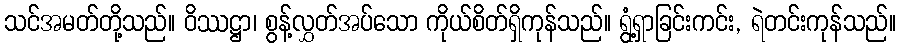
သင်အမတ်တို့သည်။ ဝိဿဋ္ဌာ၊ စွန့်လွှတ်အပ်သော ကိုယ်စိတ်ရှိကုန်သည်။ ရွံ့ရှာခြင်းကင်း, ရဲတင်းကုန်သည်။